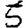
Digit: 5